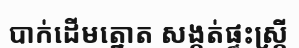
បាក់ដើមត្នោត សង្កត់ផ្ទះស្ត្រី